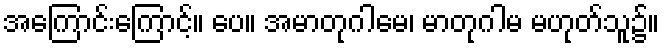
အကြောင်းကြောင့်။ ပေ။ အမာတုဂါမေ၊ မာတုဂါမ မဟုတ်သူ၌။